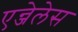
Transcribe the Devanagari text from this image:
एन्जेलेस